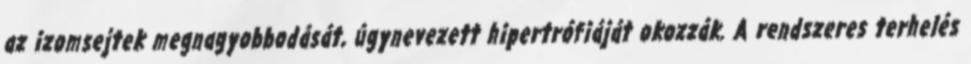
az izomsejtek megnagyobbodását, úgynevezett hipertrófiáját okozzák. A rendszeres terhelés